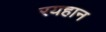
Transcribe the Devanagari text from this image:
रयहान